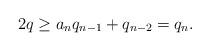
LaTeX: \begin{align*}2q \geq a_n q_{n - 1} + q_{n - 2} = q_n.\end{align*}